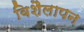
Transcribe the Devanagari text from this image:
विशैलापन